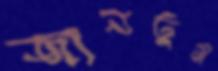
জানতুম